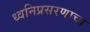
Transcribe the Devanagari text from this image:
ध्वनिप्रसरणाचा